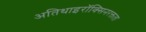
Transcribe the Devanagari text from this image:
अतिथाइरॉक्सिनरक्तता